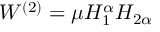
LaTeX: W ^ { ( 2 ) } = \mu H _ { 1 } ^ { \alpha } H _ { 2 \alpha }